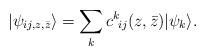
LaTeX: \begin{align*}| \psi_{ij,z,\bar z} \rangle = \sum_k c^k \!_{ij}(z,\bar z)| \psi_k \rangle.\end{align*}